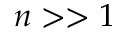
n > > 1